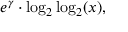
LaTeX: e ^ { \gamma } \cdot \log _ { 2 } \log _ { 2 } ( x ) ,